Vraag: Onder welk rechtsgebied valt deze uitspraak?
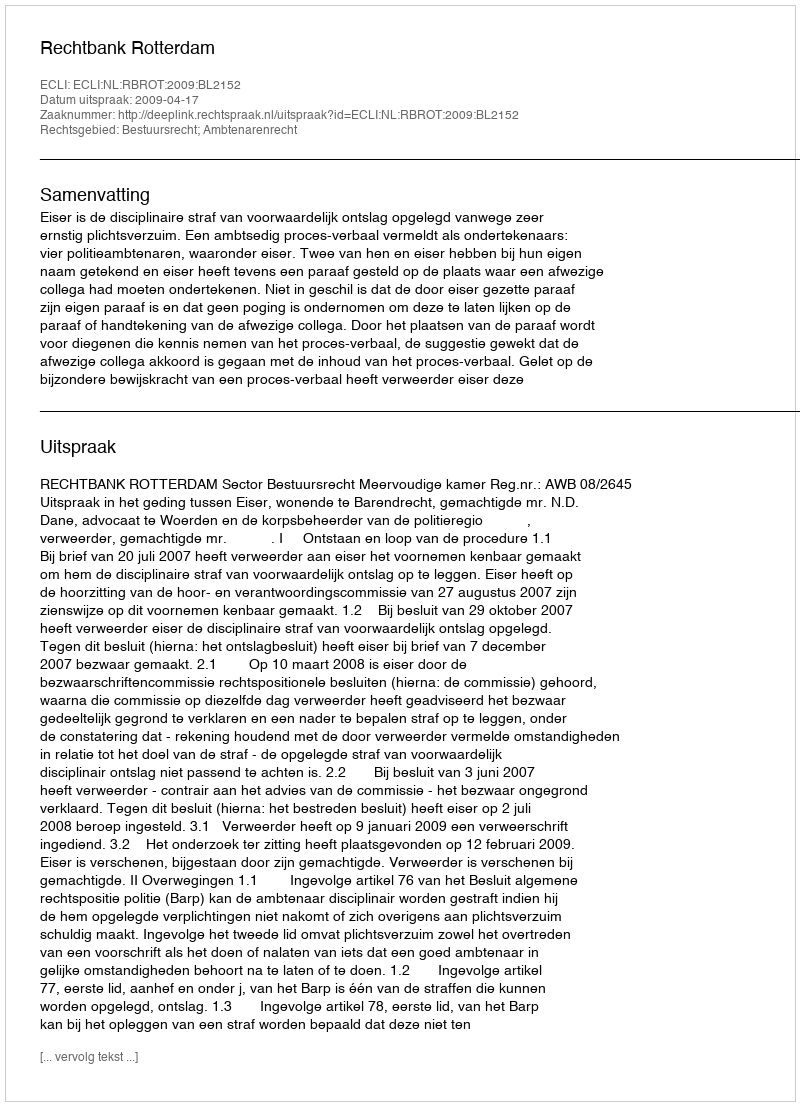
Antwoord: Bestuursrecht; Ambtenarenrecht